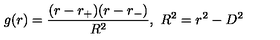
g ( r ) = { \frac { ( r - r _ { + } ) ( r - r _ { - } ) } { R ^ { 2 } } } , \ R ^ { 2 } = r ^ { 2 } - D ^ { 2 }